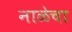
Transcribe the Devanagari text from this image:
नाळेचा